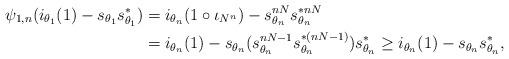
LaTeX: \begin{align*}\psi_{1,n}(i_{\theta_1}(1) - s_{\theta_1} s^*_{\theta_1}) &= i_{\theta_n}(1 \circ \iota_{N^n}) - s_{\theta_n}^{nN} s_{\theta_n}^{*nN}\\ &= i_{\theta_n}(1) - s_{\theta_n} (s_{\theta_n}^{nN-1} s_{\theta_n}^{*(nN-1)}) s_{\theta_n}^* \ge i_{\theta_n}(1) - s_{\theta_n} s_{\theta_n}^*,\end{align*}